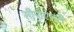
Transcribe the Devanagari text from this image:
सीपीएमटी